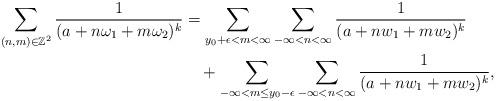
LaTeX: \begin{align*}\begin{aligned}\sum_{(n,m)\in\mathbb{Z}^{2}}\frac{1}{(a+n\omega_{1}+m\omega_{2})^{k}}&=\sum_{y_{0}+\epsilon<m<\infty}\sum_{-\infty <n<\infty}\frac1{(a+nw_1+mw_2)^k}\\&\quad+\sum_{-\infty <m\leq y_{0}-\epsilon }\sum_{-\infty <n<\infty} \frac1{(a+nw_1+mw_2)^k},\end{aligned}\end{align*}